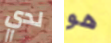
لدي هو